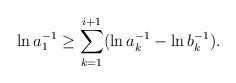
LaTeX: \begin{align*}\ln a_{1}^{-1}\ge\sum_{k=1}^{i+1}(\ln a_{k}^{-1}-\ln b_{k}^{-1}).\end{align*}